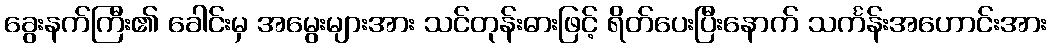
ခွေးနက်ကြီး၏ ခေါင်းမှ အမွေးများအား သင်တုန်းဓားဖြင့် ရိတ်ပေးပြီးနောက် သင်္ကန်းအဟောင်းအား